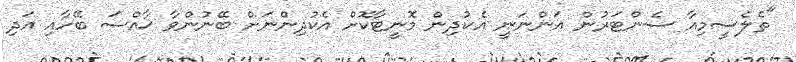
"ތެލެސީމިއާ ސެންޓަރުން އަންނަނީ އެކުދިން މޮނީޓާކޮށް އެކުދިންނަށް ބޭނުންވާ ޚާއްސަ ބޭހާއި އަދި